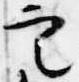
定